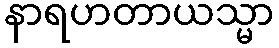
နာရဟတာယသ္မာ